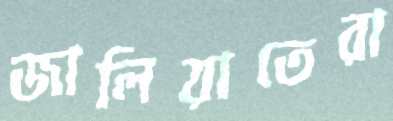
জালিয়াতেরা